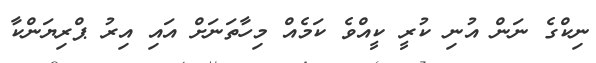
ނިކްގެ ނަން އުނި ކުރީ ކީއްވެ ކަމެއް މިހާތަނަށް އައި އިރު ޕްރިޔަންކާ